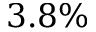
3 . 8 \%